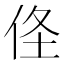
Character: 𠈬